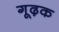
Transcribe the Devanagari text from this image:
गूढ़क